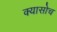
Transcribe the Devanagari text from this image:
क्यासोच